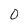
Character: 0